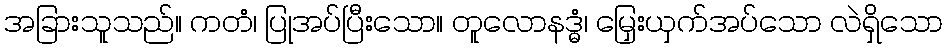
အခြားသူသည်။ ကတံ၊ ပြုအပ်ပြီးသော။ တူလောနဒ္ဓံ၊ မြှေးယှက်အပ်သော လဲရှိသော